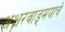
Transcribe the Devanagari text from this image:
अक्षरवाङ्‌मयाचे